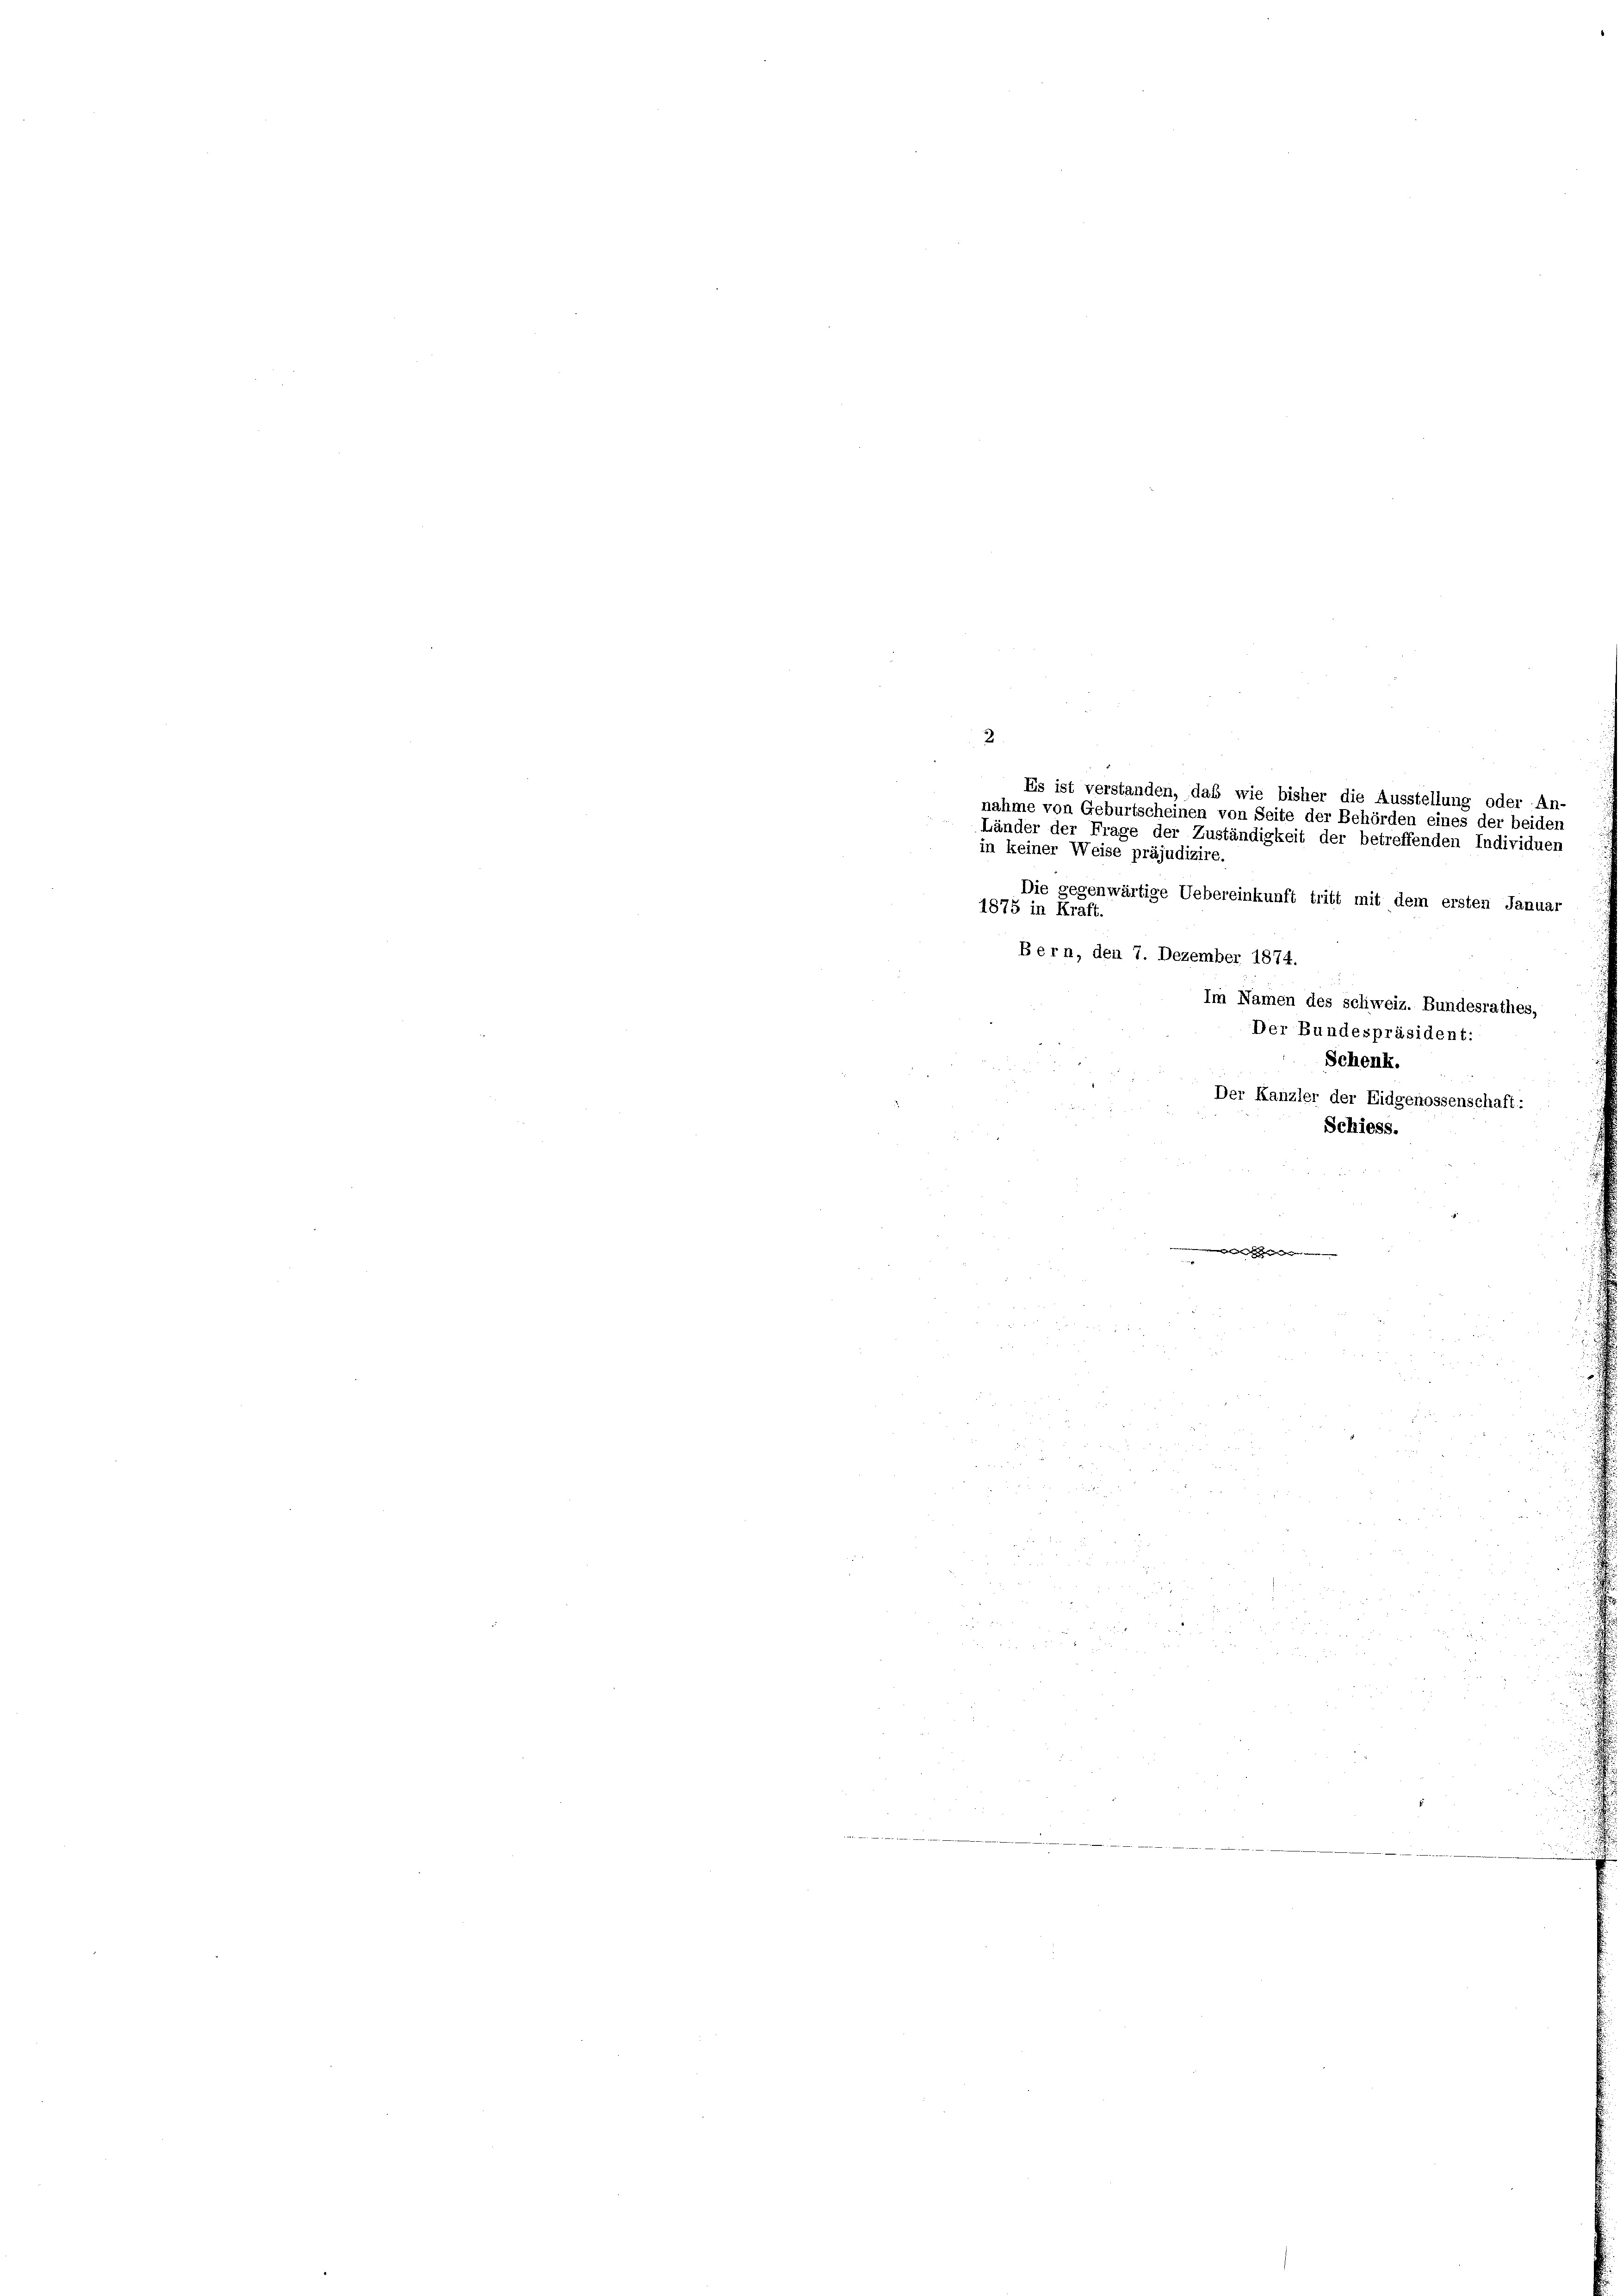
Es ist verstanden, daß wie bisher die Ausstellung oder An-
nahme von Geburtscheinen von Seite der Behörden eines der beiden
Länder der Frage der Zuständigkeit der betreffenden Individuen
in keiner Weise präjudizire.
Die gegenwärtige Uebereinkunft tritt mit dem ersten Januar
1875 in Kraft.
Bern, den 7. Dezember 1874.

Im Namen des Schweiz. Bundesrathes,
Der Bundespräsident:
Schenk.
Der Kanzler der Eidgenossenschaft:
Schiess.